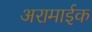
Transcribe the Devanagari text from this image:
अरामाईक